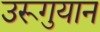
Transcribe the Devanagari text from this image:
उरूगुयान